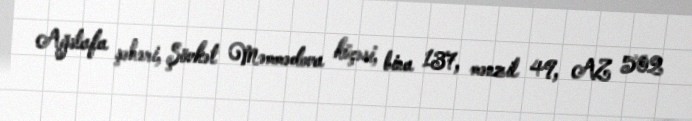
Ağstafa şəhəri, Şövkət Məmmədova küçəsi, bina 137, mənzil 49, AZ 502